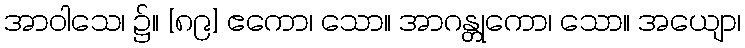
အာဝါသေ၊ ၌။ [၈၉] ဧကော၊ သော။ အာဂန္တုကော၊ သော။ အယျော၊